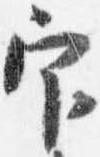
官